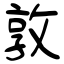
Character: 敦